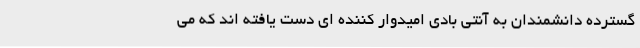
گسترده دانشمندان به آنتی بادی امیدوار کننده ای دست یافته اند که می